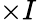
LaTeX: \times I